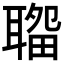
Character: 𦗎